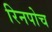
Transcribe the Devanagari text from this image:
रिनपोच